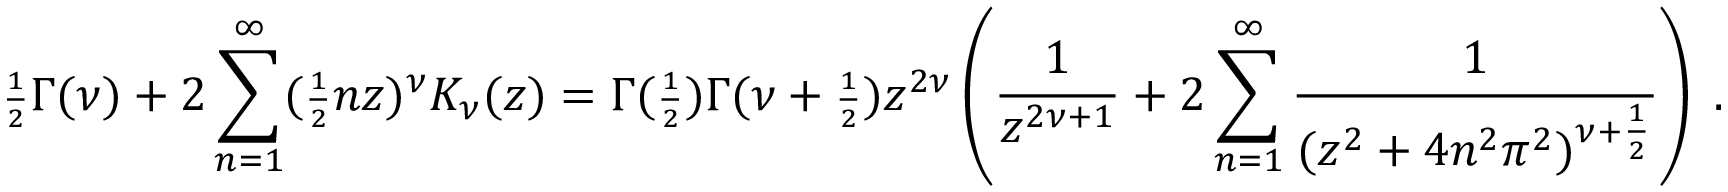
{ \scriptstyle { \frac { 1 } { 2 } } } \Gamma ( \nu ) + 2 \sum _ { n = 1 } ^ { \infty } ( { \scriptstyle { \frac { 1 } { 2 } } } n z ) ^ { \nu } K _ { \nu } ( z ) = \Gamma ( { \scriptstyle { \frac { 1 } { 2 } } } ) \Gamma ( \nu + { \scriptstyle { \frac { 1 } { 2 } } } ) z ^ { 2 \nu } \left( { \frac { 1 } { z ^ { 2 \nu + 1 } } } + 2 \sum _ { n = 1 } ^ { \infty } { \frac { 1 } { ( z ^ { 2 } + 4 n ^ { 2 } \pi ^ { 2 } ) ^ { \nu + { \scriptstyle { \frac { 1 } { 2 } } } } } } \right) \; .